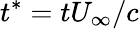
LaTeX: t^{*}=tU_{\infty}/c